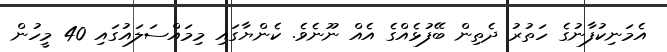
އެމަނިކުފާނުގެ ހަތުރު ދެތިން ބޭފުޅެއްގެ އެއް ނޫނެވެ. ކެންޔާގައި މިމައްސަލައުގައި 40 މީހުން